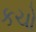
કચો